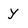
Character: y